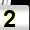
Digit: 2